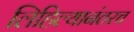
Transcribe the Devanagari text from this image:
लिहिल्यानंतरच